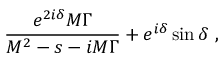
\frac { e ^ { 2 i \delta } M \Gamma } { M ^ { 2 } - s - i M \Gamma } + e ^ { i \delta } \sin \delta \ ,